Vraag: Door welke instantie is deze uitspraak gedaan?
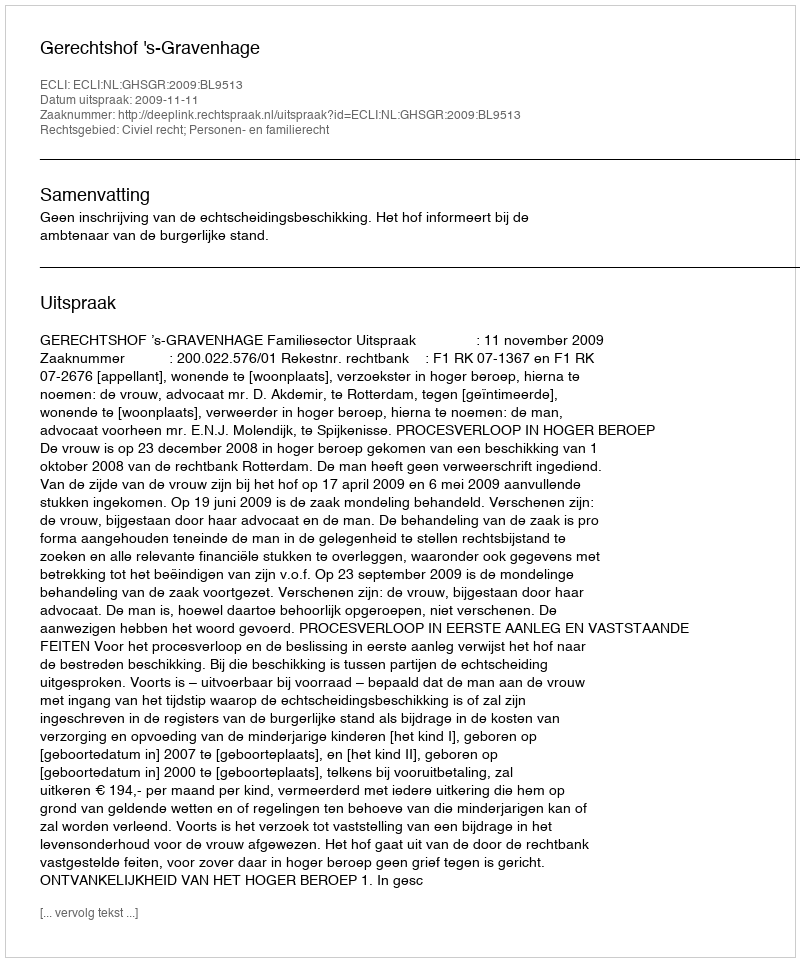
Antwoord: Gerechtshof 's-Gravenhage